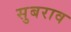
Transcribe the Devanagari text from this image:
सुबराव